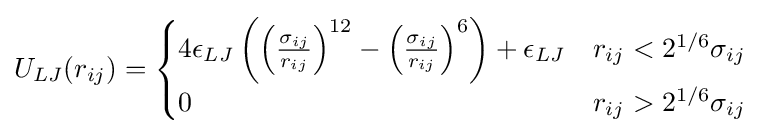
U_{LJ}(r_{ij})={\begin{cases}4\epsilon _{LJ}\left(\left({\frac {\sigma _{ij}}{r_{ij}}}\right)^{12}-\left({\frac {\sigma _{ij}}{r_{ij}}}\right)^{6}\right)+\epsilon _{LJ}&r_{ij}<2^{1/6}\sigma _{ij}\\0&r_{ij}>2^{1/6}\sigma _{ij}\end{cases}}